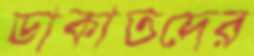
ডাকাতদের